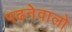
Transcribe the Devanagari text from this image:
पढनेवालो